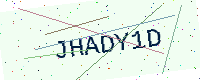
Text: JHADY1D